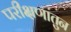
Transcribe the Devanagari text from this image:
परीक्षणातुन